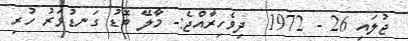
ޖުލައި 26 - 1972  ދިވެހިރާއްޖެ:- މާލޭ ބޮޑު ގަނޑުވަރު ހުރި